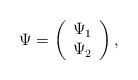
\begin{align*}\Psi = \left( \begin{array}{c} \Psi_{1} \\ \Psi_{2} \\ \end{array} \right),\end{align*}